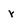
Character: r